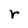
Character: r